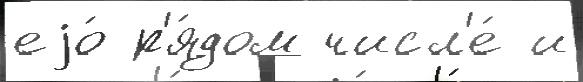
еjо́ р'я́дом числ'е́ и